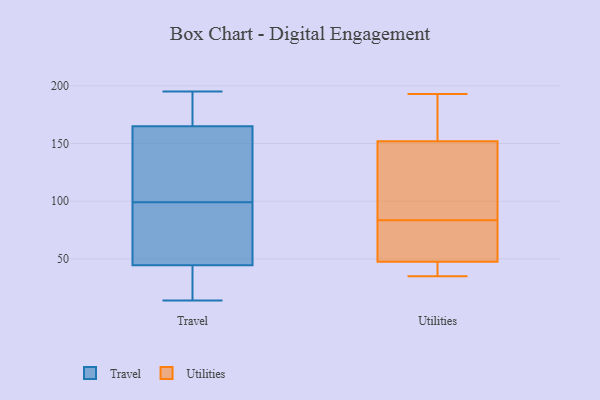
{"axis": {"x": "Conversion Rate (%)", "y": "Value"}, "legend": ["Travel", "Utilities"], "data": [{"x": "", "y": 195, "type": "Travel"}, {"x": "", "y": 98, "type": "Travel"}, {"x": "", "y": 62, "type": "Travel"}, {"x": "", "y": 51, "type": "Travel"}, {"x": "", "y": 50, "type": "Travel"}, {"x": "", "y": 14, "type": "Travel"}, {"x": "", "y": 27, "type": "Travel"}, {"x": "", "y": 164, "type": "Travel"}, {"x": "", "y": 165, "type": "Travel"}, {"x": "", "y": 136, "type": "Travel"}, {"x": "", "y": 39, "type": "Travel"}, {"x": "", "y": 184, "type": "Travel"}, {"x": "", "y": 165, "type": "Travel"}, {"x": "", "y": 167, "type": "Travel"}, {"x": "", "y": 17, "type": "Travel"}, {"x": "", "y": 150, "type": "Travel"}, {"x": "", "y": 100, "type": "Travel"}, {"x": "", "y": 175, "type": "Travel"}, {"x": "", "y": 36, "type": "Travel"}, {"x": "", "y": 59, "type": "Travel"}, {"x": "", "y": 46, "type": "Utilities"}, {"x": "", "y": 149, "type": "Utilities"}, {"x": "", "y": 161, "type": "Utilities"}, {"x": "", "y": 55, "type": "Utilities"}, {"x": "", "y": 193, "type": "Utilities"}, {"x": "", "y": 35, "type": "Utilities"}, {"x": "", "y": 121, "type": "Utilities"}, {"x": "", "y": 48, "type": "Utilities"}, {"x": "", "y": 42, "type": "Utilities"}, {"x": "", "y": 100, "type": "Utilities"}, {"x": "", "y": 47, "type": "Utilities"}, {"x": "", "y": 66, "type": "Utilities"}, {"x": "", "y": 105, "type": "Utilities"}, {"x": "", "y": 67, "type": "Utilities"}, {"x": "", "y": 191, "type": "Utilities"}, {"x": "", "y": 155, "type": "Utilities"}]}